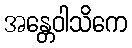
အန္တေဝါသိကေ